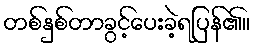
တစ်နှစ်တာခွင့်ပေးခဲ့ရပြန်၏။